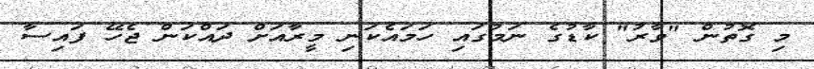
މި ގޮތުން "ވާރު" ކާޑުގެ ނަމުގައި ހަމައެކަނި މީރާއަށް ދައްކަން ޖެހޭ ފައިސާ